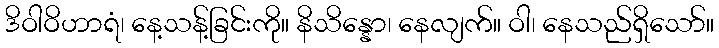
ဒိဝါဝိဟာရံ၊ နေ့သန့်ခြင်းကို။ နိသိန္နော၊ နေလျက်။ ဝါ၊ နေသည်ရှိသော်။